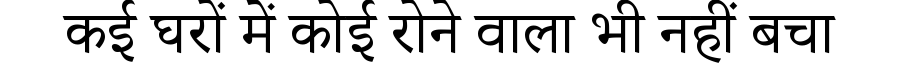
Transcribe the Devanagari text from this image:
कई घरों में कोई रोने वाला भी नहीं बचा